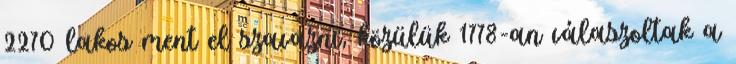
2270 lakos ment el szavazni, közülük 1778-an válaszoltak a